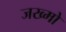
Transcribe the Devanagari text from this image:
जख्मो